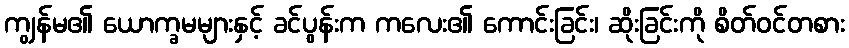
ကျွန်မ၏ ယောက္ခမများနှင့် ခင်ပွန်းက ကလေး၏ ကောင်းခြင်း၊ ဆိုးခြင်းကို စိတ်ဝင်တစား